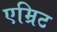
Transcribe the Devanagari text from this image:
एम्रिट